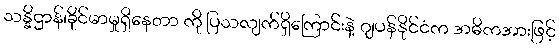
သန္နိဌာန်၊ခိုင်မာမှုရှိနေတာ ကို ပြသလျက်ရှိကြောင်းနဲ့ ဂျပန်နိုင်ငံက အဓိကအားဖြင့်